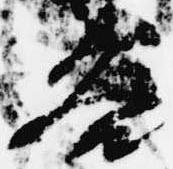
谷